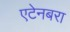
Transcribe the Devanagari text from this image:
एटेनबरा